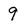
Character: 9